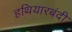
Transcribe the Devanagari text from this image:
हथियारबंदी